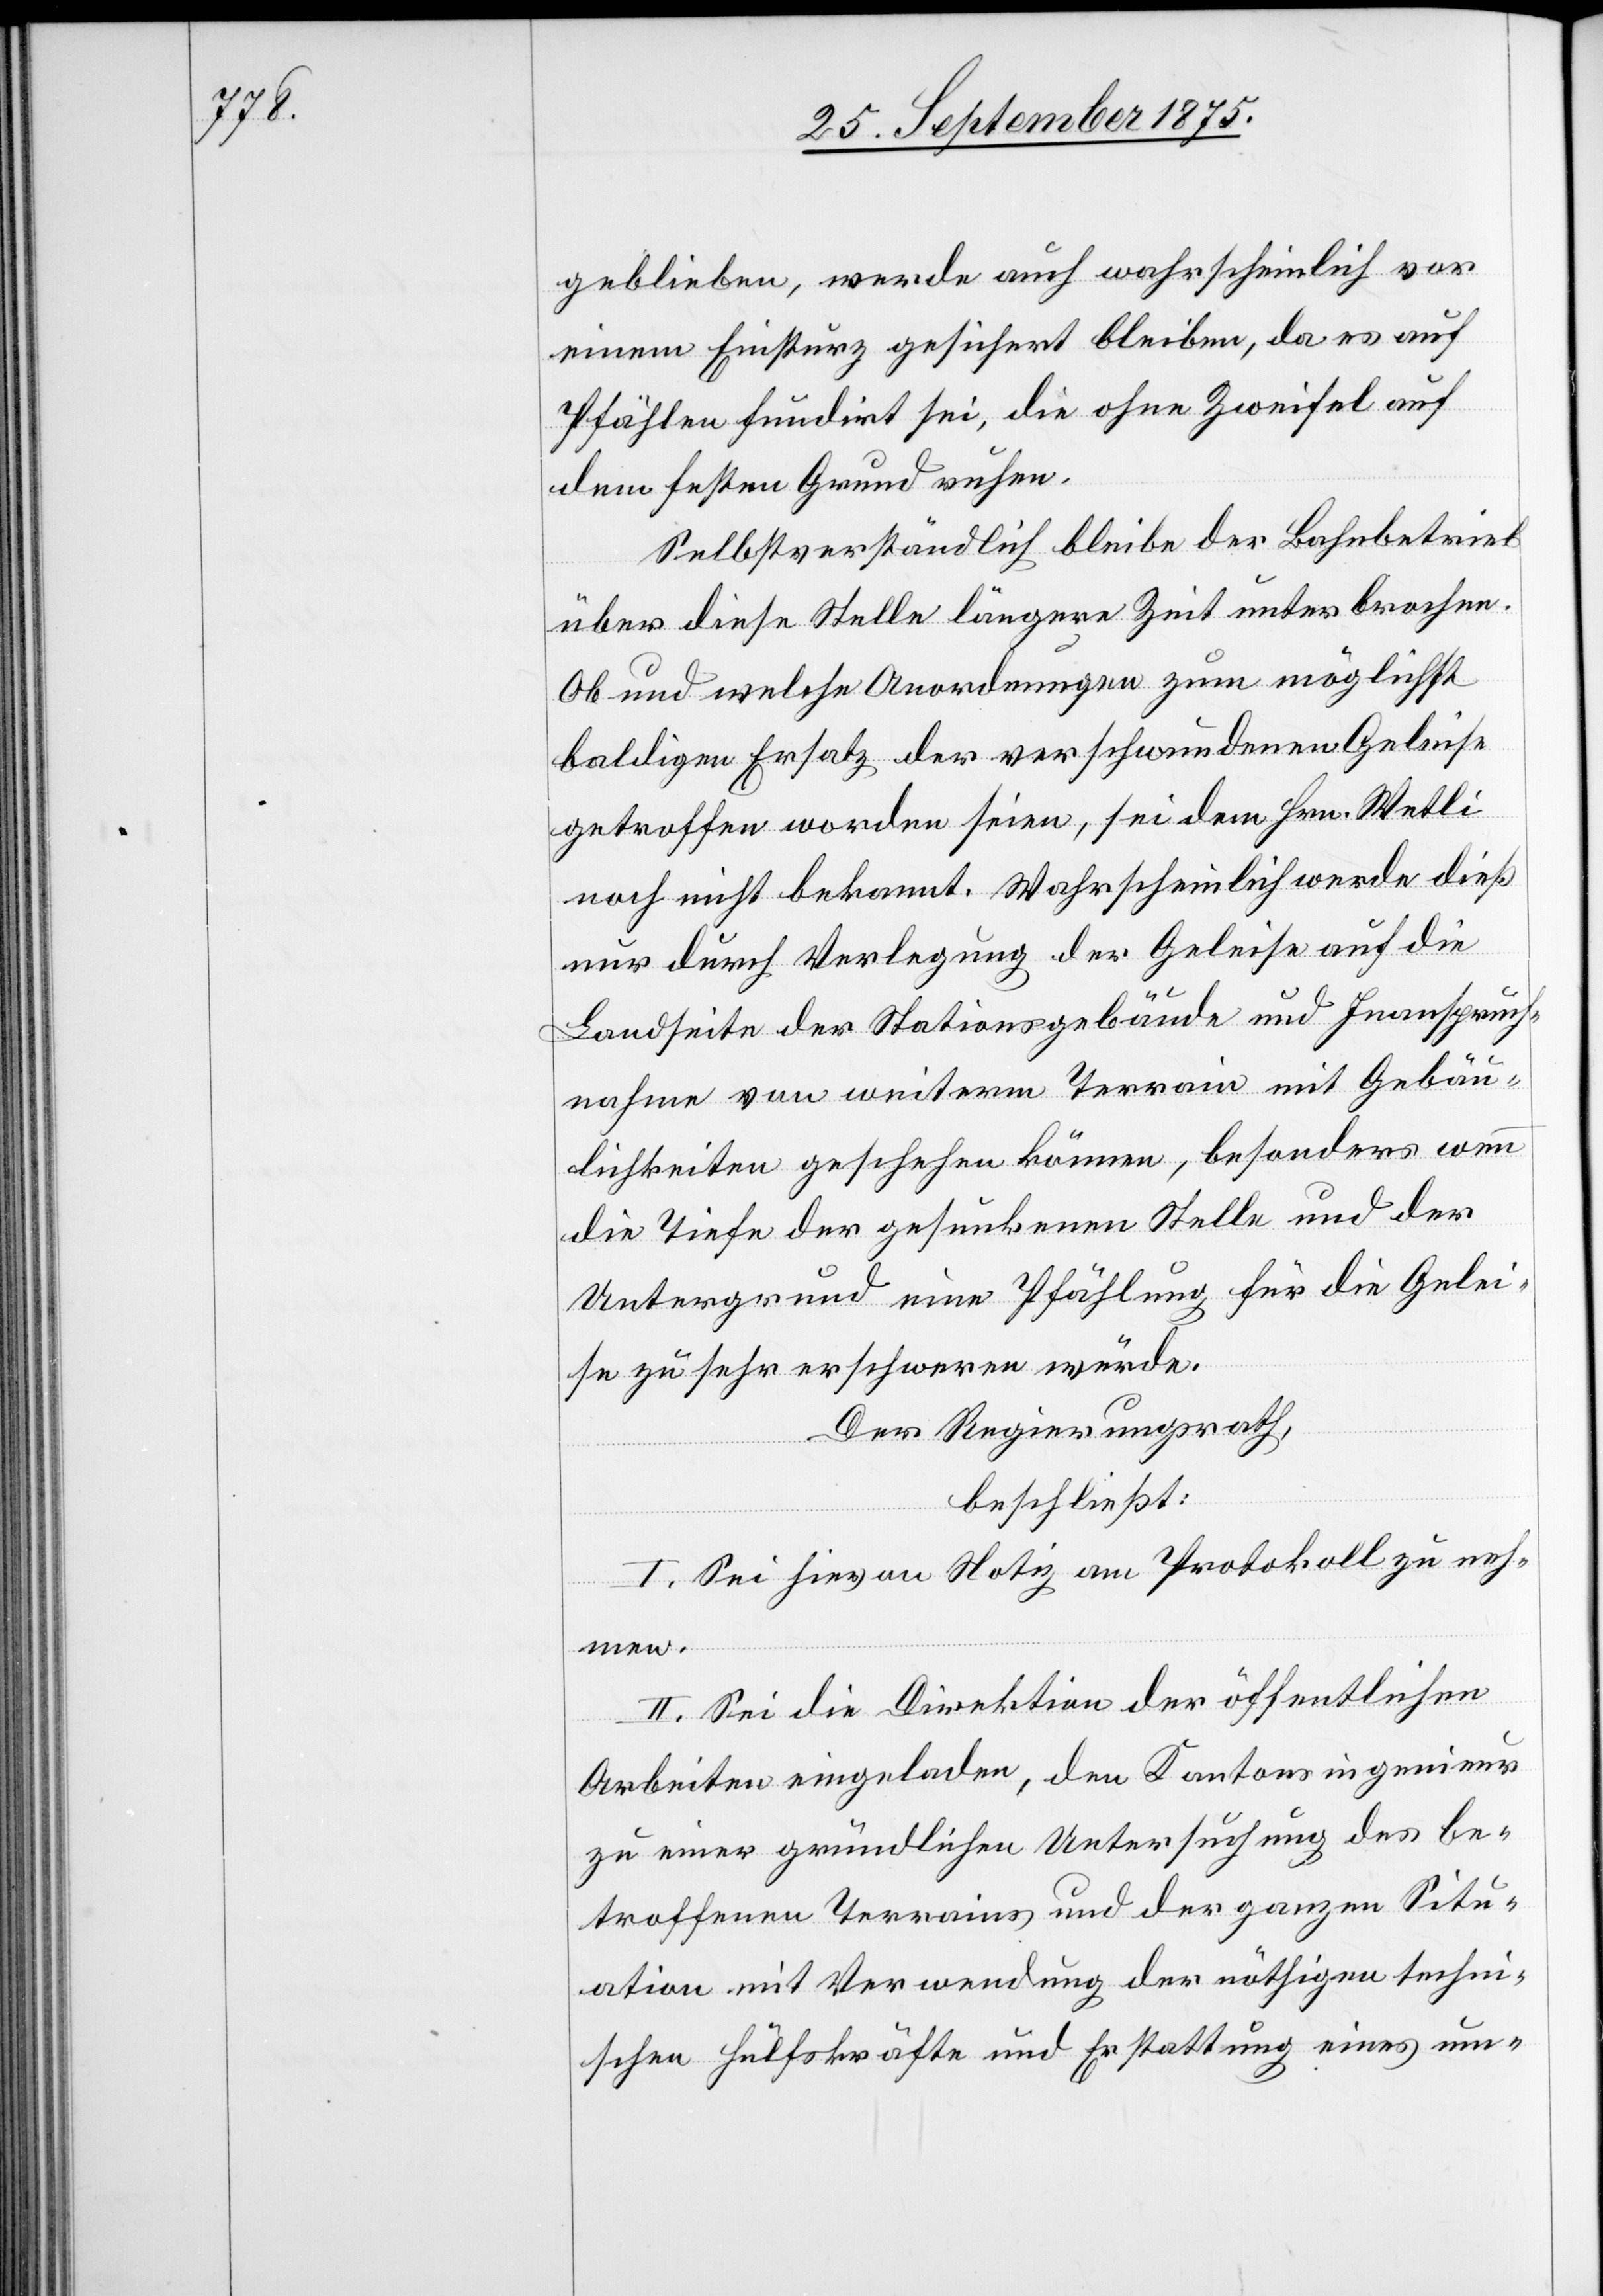
geblieben, werde auch wahrscheinlich vor
einem Einsturz gesichert bleiben, da es auf
Pfählen fundirt sei, die ohne Zweifel auf
dem festen Grund ruhen.
Selbstverständlich bleibe der Bahnbetrieb
über diese Stelle längere Zeit unterbrochen.
Ob und welche Anordnungen zum möglichst
baldigen Ersatz der verschwundenen Geleise
getroffen worden seien, sei dem Hrn. Wetli
noch nicht bekannt. Wahrscheinlich werde dieß
nur durch Verlegung der Geleise auf die
Landseite der Stationsgebäude und Inanspruch¬
nahme von weiterm Terrain mit Gebäu¬
lichkeiten geschehen können, besonders wenn
die Tiefe der gesunkenen Stelle und der
Untergrund eine Pfählung für die Gelei¬
se zu sehr erschweren würde.
Der Regierungsrath,
beschließt:
I. Sei hievon Notiz am Protokoll zu neh¬
men.
II. Sei die Direktion der öffentlichen
Arbeiten eingeladen, den Kantonsingenieur
zu einer gründlichen Untersuchung des be¬
troffenen Terrains und der ganzen Situ¬
ation mit Verwendung der nöthigen techn¬
ischen Hülfskräfte und Erstattung eines um-